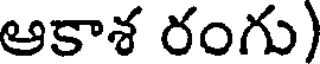
ఆకాశ రంగు)